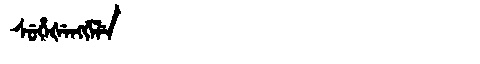
Manchu: ᠰᡠᡥᡝᡧᡝᠩᡤᡝᠯᡝ
Romanization: SUHEŠENGGELE